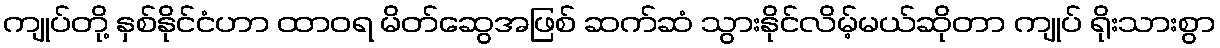
ကျုပ်တို့ နှစ်နိုင်ငံဟာ ထာဝရ မိတ်ဆွေအဖြစ် ဆက်ဆံ သွားနိုင်လိမ့်မယ်ဆိုတာ ကျုပ် ရိုးသားစွာ